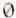
0